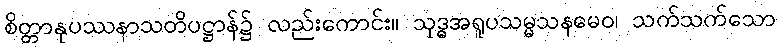
စိတ္တာနုပဿနာသတိပဋ္ဌာန်၌ လည်းကောင်း။ သုဒ္ဓအရူပသမ္မသနမေဝ၊ သက်သက်သော